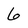
Character: 6